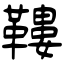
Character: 鞻